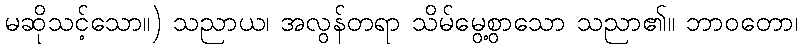
မဆိုသင့်သော။) သညာယ၊ အလွန်တရာ သိမ်မွေ့စွာသော သညာ၏။ ဘာဝတော၊